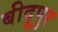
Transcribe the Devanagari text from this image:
बीदूपुर